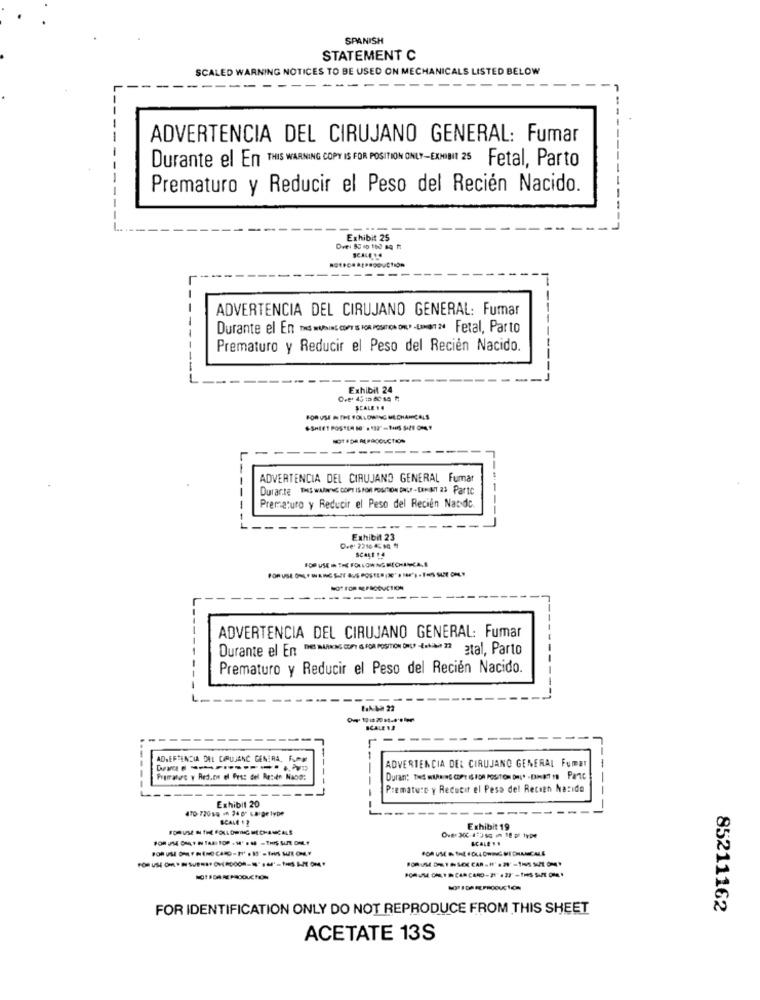
SPANISH
STATEMENT C
SCALED
G NOTICES TO BE USED ON MECH
NICALS LISTED BELOW
ADVERTENCIA DEL CIRUJANO GENERAL: Fumar
Durante el En THIS WARNING COPY IS FOR POSITION ONLY-EXHIBIT 25 Fetal, Parto
Prematuro y Reducir el Peso del Recién Nacido.
Exhibit 25
---
ADVERTENCIA DEL CIRUJANO GENERAL: Fumar
Durante el En med WUMING, COPT IS FOR POSITION ON." -LIMIT : Fetal, Parto
Prematuro y Reducir el Peso del Recien Nacido.
Exhibit 24
SCALE ...
FOR USE IN THE FOLLOWING MECHANICALS
--
ADVERTENCIA DEL CIRUJANO GENERAL Fumar
Durante DHS WAJN'NE COPY IS FOR POSITION ONLY . [ENAT 21 Parte
Prematuro y Reducir el Peso del Recien Nacido.
Exhibit 23
SCALE 14
FOR USE THE FOLLOWING MECHANICAL&
--------
ADVERTENCIA DEL CIRUJANO GENERAL: Fumar
Durante el En " www. con SOR roSTON Du taan 2 etal, Parto
Prematuro y Reducir el Peso del Recién Nacido.
SCALE NJ
ADVERTENCIA DEL CIPUJANC GENERA, FAM
ADVERTENCIA DEL CIRUJANO GENERAL FUMET
-
Premature y Reducir el Peso del Recien Nacido
Exhibit 20
--
470-720 10 - 24 0' La De19De
SCALE 13
Exhibit 19
FOR IDENTIFICATION ONLY DO NOT REPRODUCE FROM THIS SHEET
85211162
ACETATE 13S